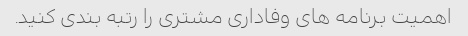
اهمیت برنامه های وفاداری مشتری را رتبه بندی کنید.